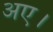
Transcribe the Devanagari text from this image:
अए।